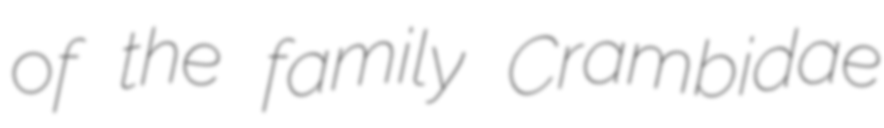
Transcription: of the family Crambidae